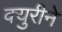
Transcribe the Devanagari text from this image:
क्युरीने